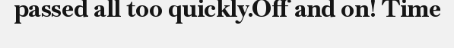
passed all too quickly.Off and on! Time